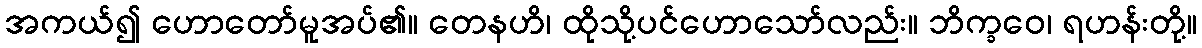
အကယ်၍ ဟောတော်မူအပ်၏။ တေနဟိ၊ ထိုသို့ပင်ဟောသော်လည်း။ ဘိက္ခဝေ၊ ရဟန်းတို့။